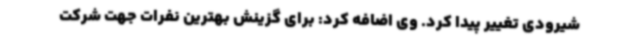
شیرودی تغییر پیدا کرد. وی اضافه کرد: برای گزینش بهترین نفرات جهت شرکت